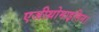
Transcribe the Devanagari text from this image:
एजीथ्रोमाइसिन।